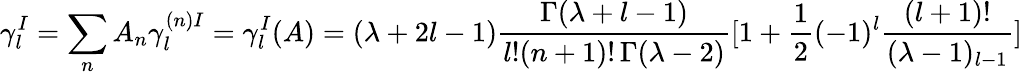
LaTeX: \gamma_{l}^{I}=\sum_{n}A_{n}\gamma_{l}^{(n)I}=\gamma_{l}^{I}(A)=(\lambda+2l-1)\frac{\Gamma(\lambda+l-1)}{l!(n+1)!\, \Gamma(\lambda-2)}[1+\frac{1}{2}(-1)^{l}\frac{(l+1)!}{(\lambda-1)_{l-1}}]